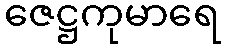
ဇေဋ္ဌကုမာရေ